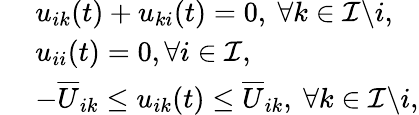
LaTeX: \begin{array}{rl}{~}&{u_{ik}(t)+u_{ki}(t)=0,~\forall k\in\mathcal{I}\backslash i,}\\ {~}&{u_{ii}(t)=0,\forall i\in\mathcal{I},}\\ {~}&{-\overline{{U}}_{ik}\le u_{ik}(t)\le\overline{{U}}_{ik},~\forall k\in\mathcal{I}\backslash i,}\end{array}